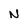
Character: N